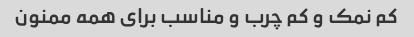
کم نمک و کم چرب و مناسب برای همه ممنون